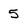
Character: 5